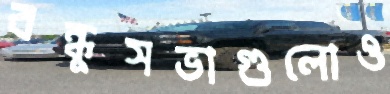
বন্ধুসভাগুলোও